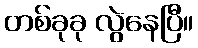
တစ်ခုခု လွဲနေပြီ။